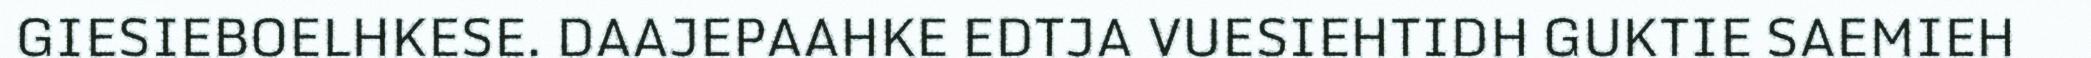
GIESIEBOELHKESE. DAAJEPAAHKE EDTJA VUESIEHTIDH GUKTIE SAEMIEH